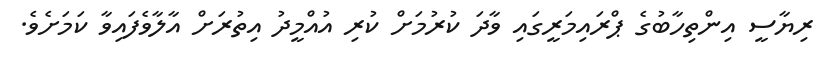
ރިޔާސީ އިންތިހާބުގެ ޕްރައިމަރީގައި ވާދަ ކުރުމަށް ކުރި އުއްމީދު އިތުރަށް އާލާވެފައިވާ ކަމަށެވެ.